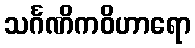
သင်္ဂဏိကဝိဟာရော